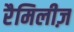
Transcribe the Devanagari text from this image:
रैमिलीज़